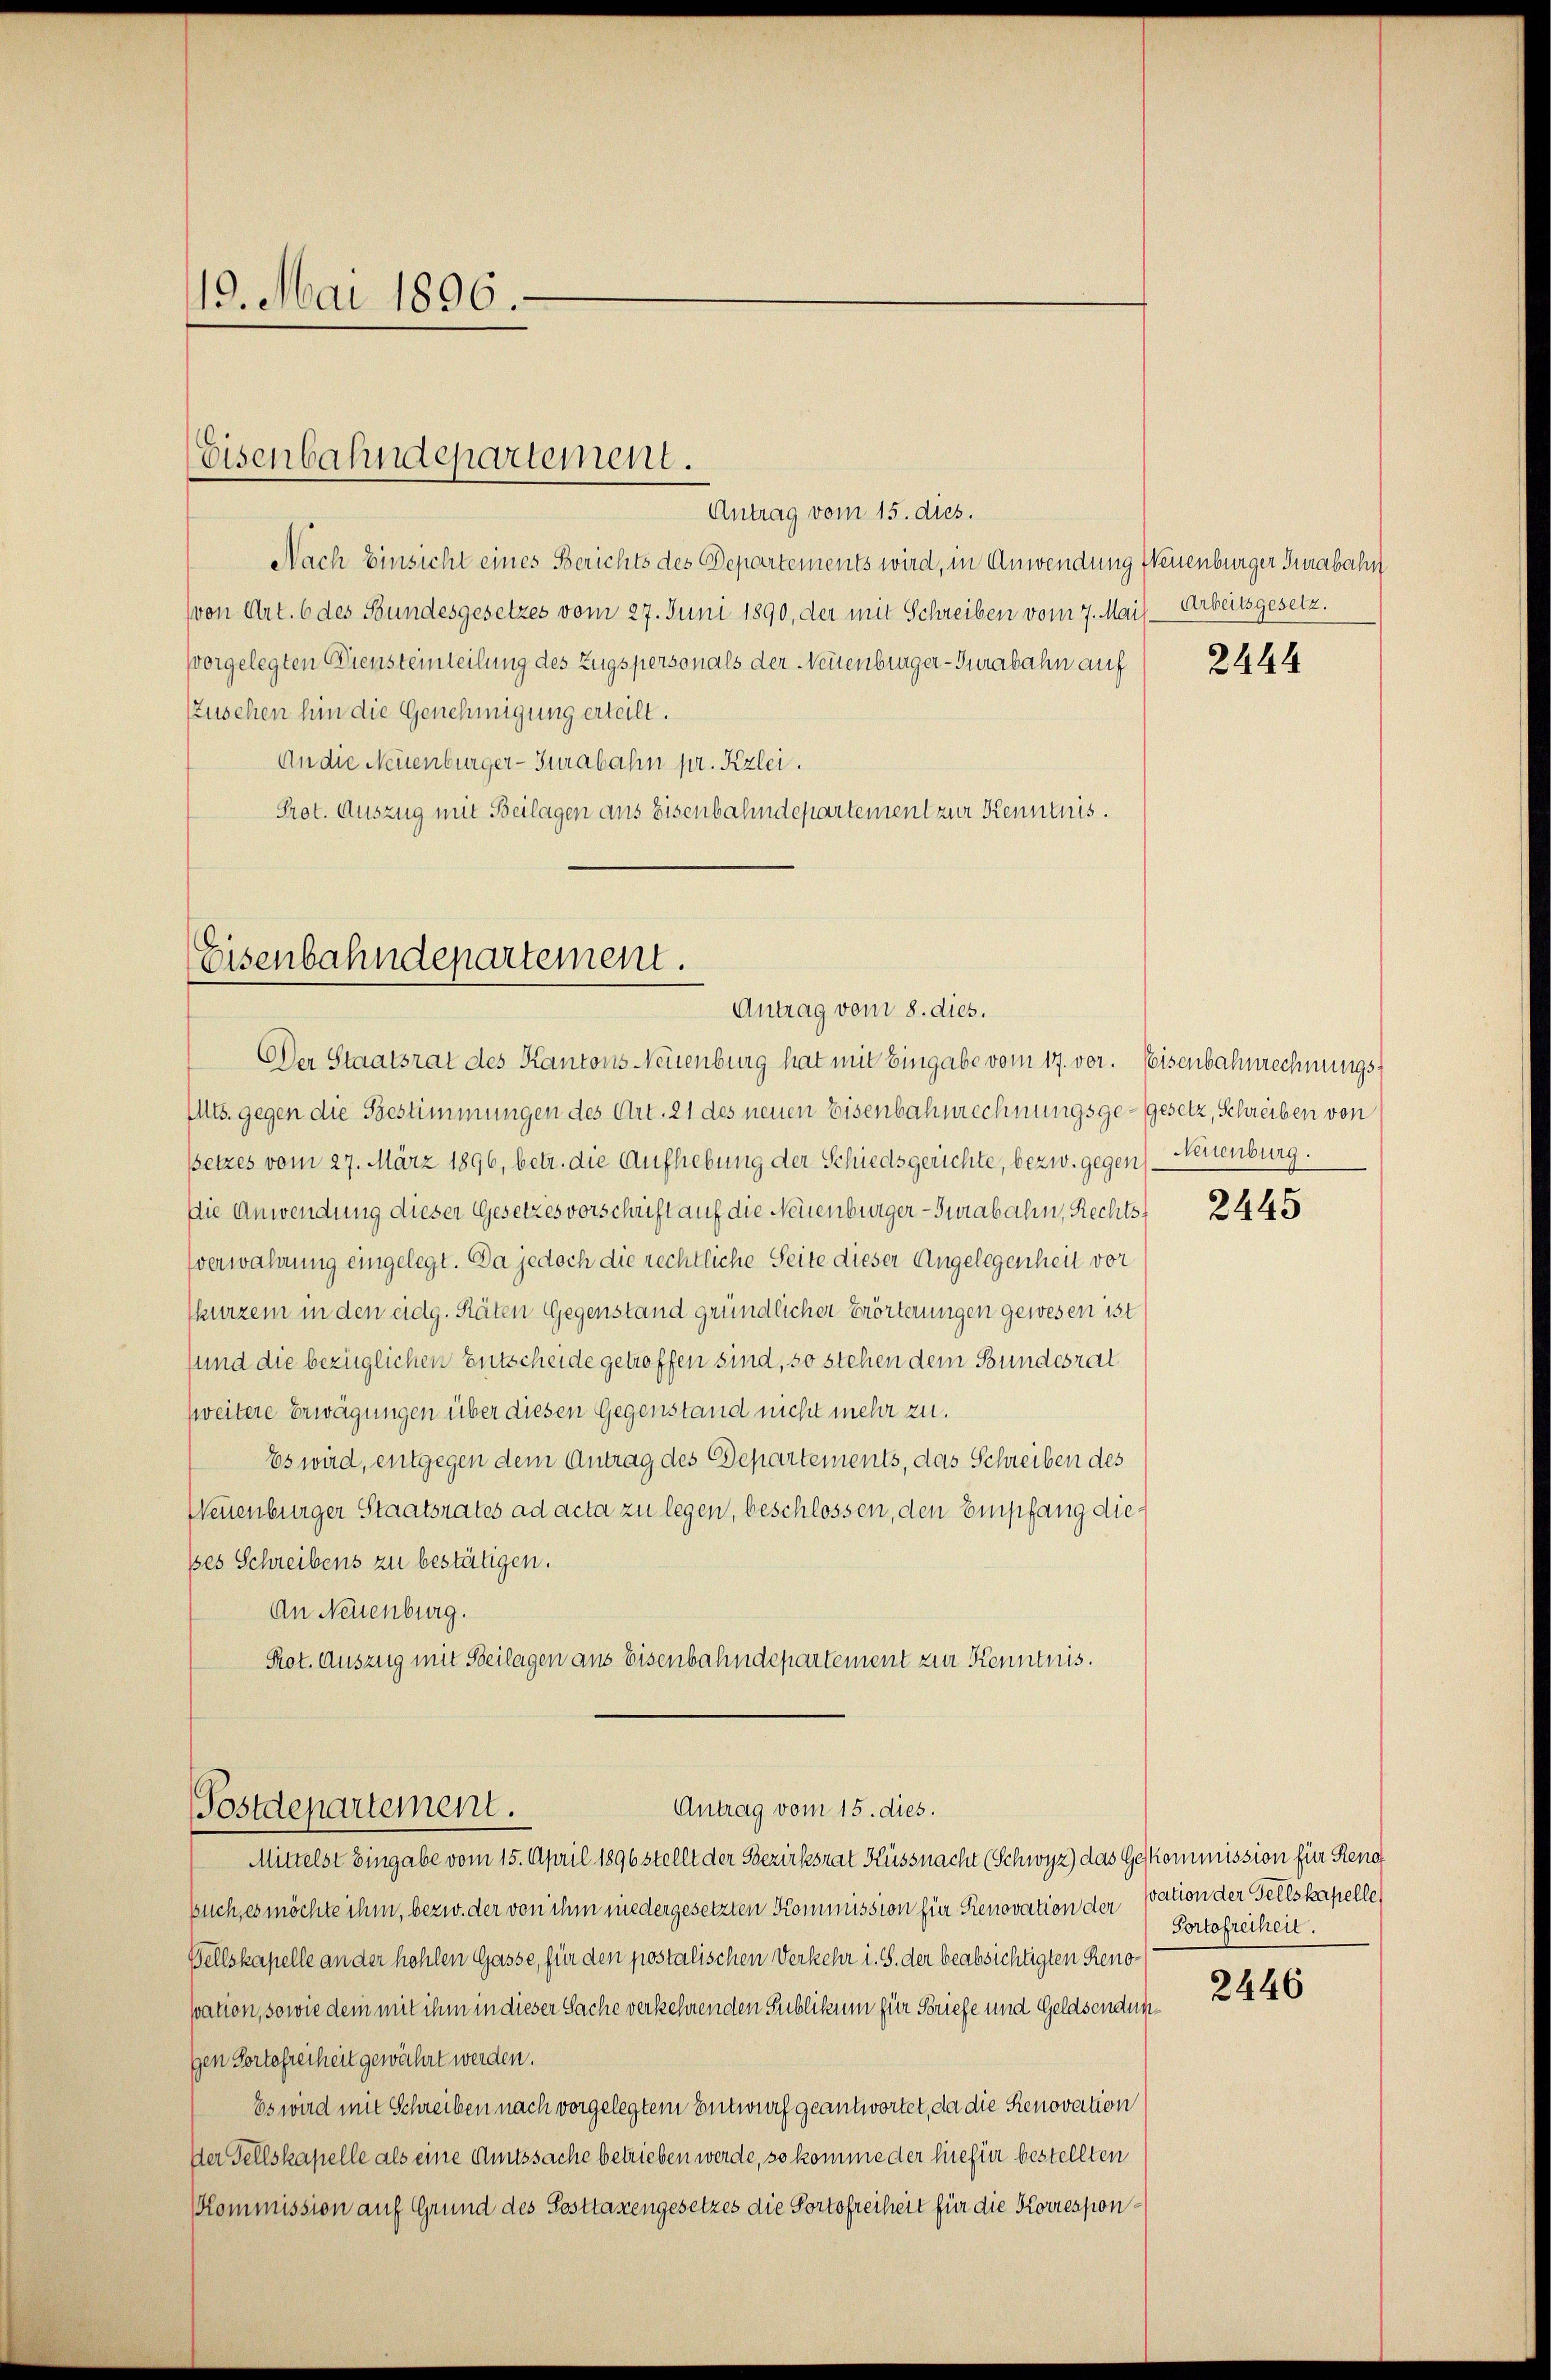
19. Mai 1896.

Eisenbahndepartement.

Antrag vom 15. dies.
Nach Einsicht eines Berichts des Departements wird, in Anwendung Neuenburger Turabahn
(von Art. 6 des Bundesgesetzes vom 27. Juni 1890, der mit Schreiben vom 7. Mai- Arbeitsgesetz.
vorgelegten Diensteinteilung des Zugspersonals der Neuenburger-Turabahn auf
Zuschen hin die Genehmigung erteilt.
An die Neuenburger-Turabahn pr. Kzlei.
Prot. Auszug mit Beilagen aus Eisenbahndepartement zur Kenntnis.

Eisenbahndepartement.
Antrag vom 8. dies.

DDer Staatsrat des Kantons Neuenburg hat mit Eingabe vom 17. vor. Eisenbahnrechnungs¬
Mts. gegen die Bestimmungen des Art. 21 des neuen Eisenbahnrechnungsge-Gesetz, Schreiben von
ssetzes vom 27. März 1896, betr. die Aufhebung der Schiedsgerichte, bezw. gegen Neuenburg.
Die Anwendung dieser Gesetzesvorschrift auf die Neuenburger-Turabahn, Rechtssverwahrung eingelegt. Da jedoch die rechtliche Seite dieser Angelegenheit vor
kurzem in den eidg. Räten Gegenstand gründlicher Erörterungen gewesen ist
und die bezüglichen Entscheide getroffen sind, so stehen dem Bundesrat
zweitere Erwägungen über diesen Gegenstand nicht mehr zu.
Es wird, entgegen dem Antrag des Departements, das Schreiben des
Neuenburger Staatsrates ad acta zu legen, beschlossen, den Empfang dieses Schreibens zu bestätigen.
An Neuenburg.
Prot. Auszug mit Beilagen aus Eisenbahndepartement zur Kenntnis.

Antrag vom 15. dies.
Postdepartement.

Mittelst Eingabe vom 15. April 1896 stellt der Bezirksrat Küssnacht (Schwyz) das Geskommission für Reno
Euch, es möchte ihm, bezw. der von ihm niedergesetzten Kommission für Renovation der sation der Tellskapelle,
Tellskapelle an der hohlen Gasse, für den postalischen Verkehr i. S. der beabsichtigten Renosation, sowie dem mit ihm in dieser Sache verkehrenden Publikum für Briefe und Geldsendun
gen Portefreiheit gewährt werden.
Es wird mit Schreiben nach vorgelegtem Entwurf geantwortet, da die Renovation
Der Tellskapelle als eine Amtssache betrieben werde, so komme der hiefür bestellten
Kommission auf Grund des Posttaxengesetzes die Portofreiheit für die Korrespon¬

2444

2445

Portofreiheit.

2446